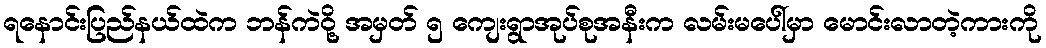
ရနောင်းပြည်နယ်ထဲက ဘန်ကဲဝို့ အမှတ် ၅ ကျေးရွာအုပ်စုအနီးက လမ်းမပေါ်မှာ မောင်းလာတဲ့ကားကို